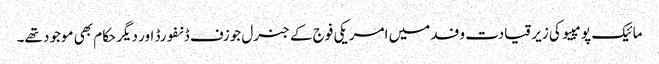
مائیک پومپیو کی زیر قیادت وفد میں امریکی فوج کے جنرل جوزف ڈنفورڈ اور دیگر حکام بھی موجود تھے۔